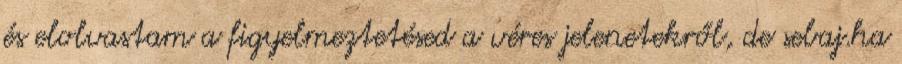
és elolvastam a figyelmeztetésed a véres jelenetekről, de sebaj.ha